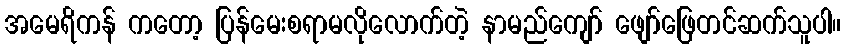
အမေရိကန် ကတော့ ပြန်မေးစရာမလိုလောက်တဲ့ နာမည်ကျော် ဖျော်ဖြေတင်ဆက်သူပါ။